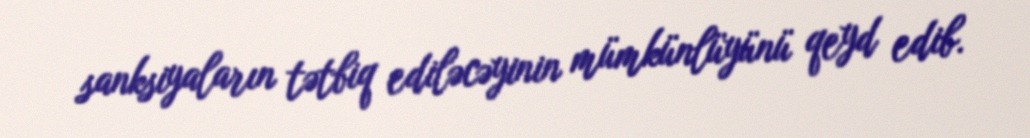
sanksiyaların tətbiq ediləcəyinin mümkünlüyünü qeyd edib.